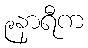
၉နာရီက